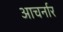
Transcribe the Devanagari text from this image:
आचर्नार